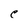
Character: C